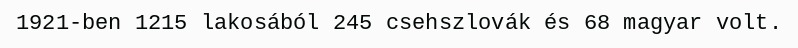
1921-ben 1215 lakosából 245 csehszlovák és 68 magyar volt.